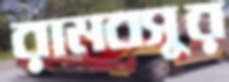
রামবসুর